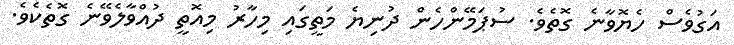
އަގުވެސް ހެޔޮވާނެ ގޮތެވެ. ސުޕަމޭންހެން ދުނިޔެ މަތީގައި މިހާރު މިއޮތީ ދުއްވާލެވޭނެ ގޮތެކެވެ.